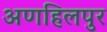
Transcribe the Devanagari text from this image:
अणहिलपुर